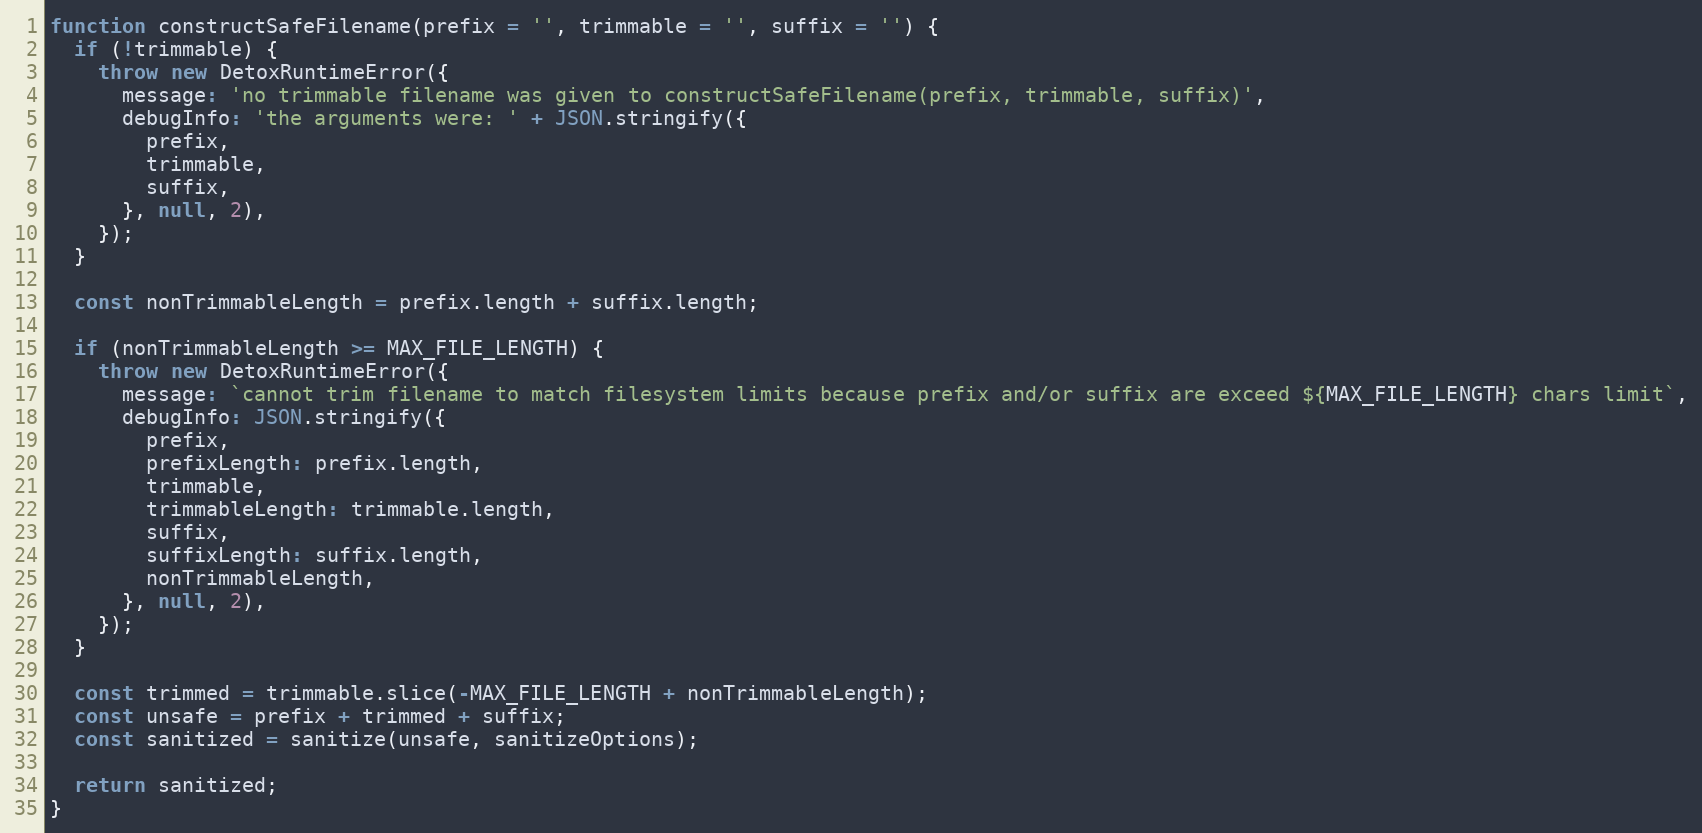
Language: JavaScript
function constructSafeFilename(prefix = '', trimmable = '', suffix = '') {
  if (!trimmable) {
    throw new DetoxRuntimeError({
      message: 'no trimmable filename was given to constructSafeFilename(prefix, trimmable, suffix)',
      debugInfo: 'the arguments were: ' + JSON.stringify({
        prefix,
        trimmable,
        suffix,
      }, null, 2),
    });
  }

  const nonTrimmableLength = prefix.length + suffix.length;

  if (nonTrimmableLength >= MAX_FILE_LENGTH) {
    throw new DetoxRuntimeError({
      message: `cannot trim filename to match filesystem limits because prefix and/or suffix are exceed ${MAX_FILE_LENGTH} chars limit`,
      debugInfo: JSON.stringify({
        prefix,
        prefixLength: prefix.length,
        trimmable,
        trimmableLength: trimmable.length,
        suffix,
        suffixLength: suffix.length,
        nonTrimmableLength,
      }, null, 2),
    });
  }

  const trimmed = trimmable.slice(-MAX_FILE_LENGTH + nonTrimmableLength);
  const unsafe = prefix + trimmed + suffix;
  const sanitized = sanitize(unsafe, sanitizeOptions);

  return sanitized;
}